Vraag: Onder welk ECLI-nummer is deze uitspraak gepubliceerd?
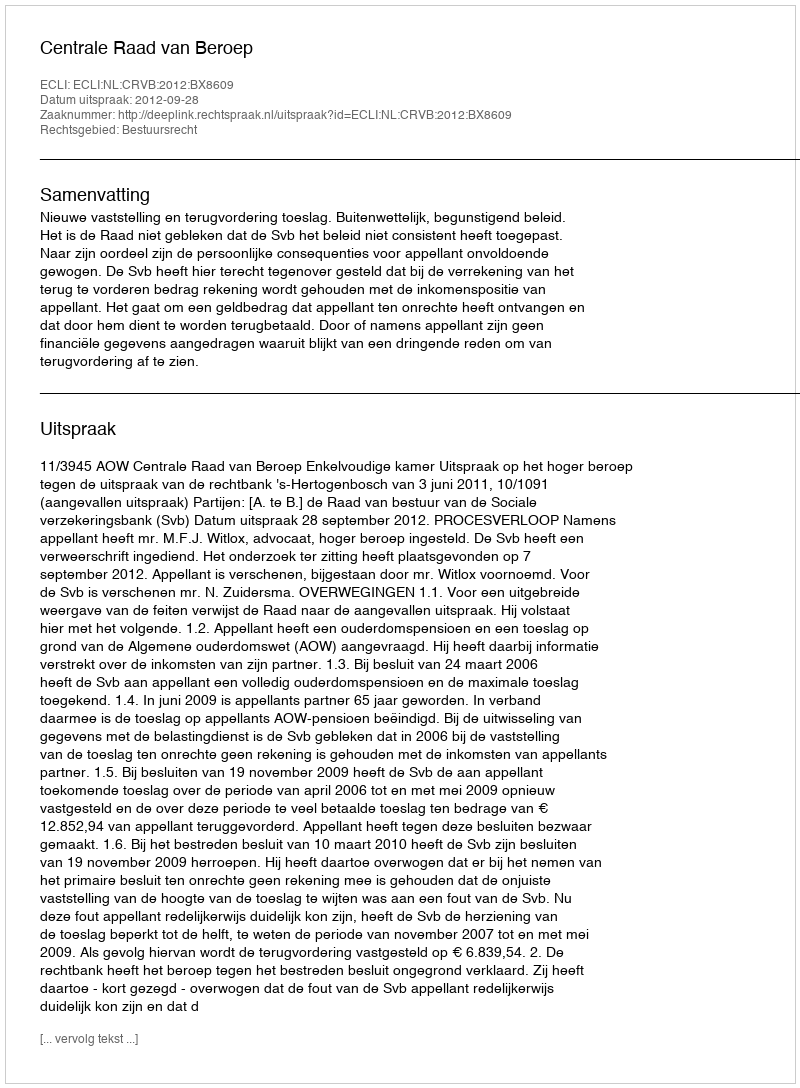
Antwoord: ECLI:NL:CRVB:2012:BX8609